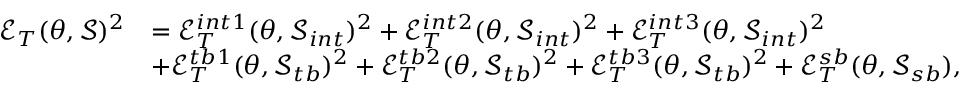
\begin{array} { r l } { \mathcal { E } _ { T } ( \theta , \mathcal { S } ) ^ { 2 } } & { = \mathcal { E } _ { T } ^ { i n t 1 } ( \theta , \mathcal { S } _ { i n t } ) ^ { 2 } + \mathcal { E } _ { T } ^ { i n t 2 } ( \theta , \mathcal { S } _ { i n t } ) ^ { 2 } + \mathcal { E } _ { T } ^ { i n t 3 } ( \theta , \mathcal { S } _ { i n t } ) ^ { 2 } } \\ & { + \mathcal { E } _ { T } ^ { t b 1 } ( \theta , \mathcal { S } _ { t b } ) ^ { 2 } + \mathcal { E } _ { T } ^ { t b 2 } ( \theta , \mathcal { S } _ { t b } ) ^ { 2 } + \mathcal { E } _ { T } ^ { t b 3 } ( \theta , \mathcal { S } _ { t b } ) ^ { 2 } + \mathcal { E } _ { T } ^ { s b } ( \theta , \mathcal { S } _ { s b } ) , } \end{array}